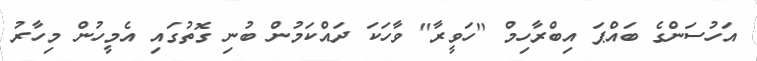
އަހުސަންގެ ބައްޕަ އިބްރާހިމް "ހަވީރާ" ވާހަކަ ދައްކަމުން ބުނި ގޮތުގައި އެމީހުން މިހާރު